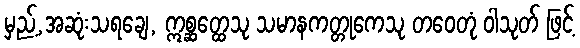
မှည့်,အဆုံးသရချေ, ဣစ္ဆတ္ထေသု သမာနကတ္တုကေသု တဝေတုံ ဝါသုတ် ဖြင့်